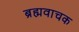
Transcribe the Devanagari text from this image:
ब्रह्मवाचक